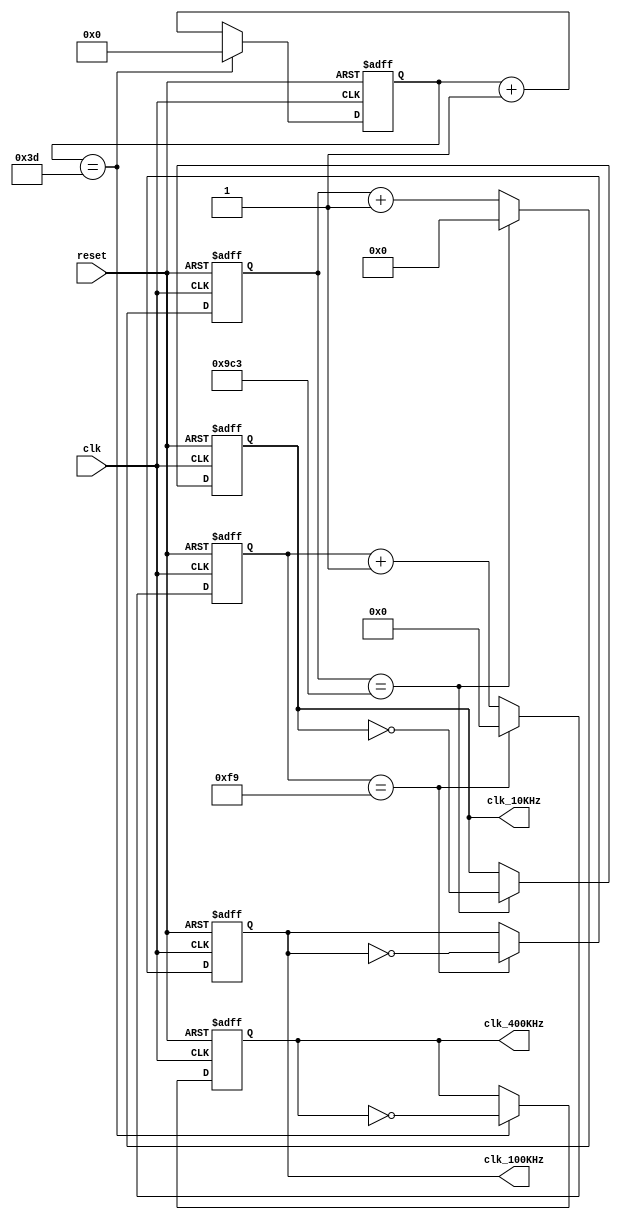
module freq_divider
   (input clk,
    input reset,
    output reg clk_10KHz,
    output reg clk_100KHz,
	output reg clk_400KHz
	);

	parameter 
	    CLK_FREQUENCY = 50000000,
	    CLK_10K_COUNT = CLK_FREQUENCY/(2*10000),
		CLK_100K_COUNT = CLK_FREQUENCY/(2*100000),
		CLK_400K_COUNT = CLK_FREQUENCY/(2*400000)
		;
	reg [12:0] counter_10khz;
	reg [8:0]  counter_100khz;
	reg [6:0]  counter_400khz;
	always @(posedge clk or negedge reset)
	begin
	    if(~reset)
		begin
		    counter_10khz <= 13'b0;
			counter_100khz <= 9'b0;
			counter_400khz <= 7'b0;
			clk_10KHz <= 0;
			clk_100KHz <= 0;
			clk_400KHz <= 0;
		end
	    else
		begin
		    if(counter_10khz == CLK_10K_COUNT - 1)
			begin
			    counter_10khz <= 0;
				clk_10KHz <= ~clk_10KHz;
			end
			else
			    counter_10khz <= counter_10khz + 13'b1;
				
			if(counter_100khz == CLK_100K_COUNT - 1)
			begin
			    counter_100khz <= 0;
				clk_100KHz <= ~clk_100KHz;
			end
			else
			    counter_100khz <= counter_100khz + 9'b1;
				
			if(counter_400khz == CLK_400K_COUNT - 1)
			begin
			    counter_400khz <= 0;
				clk_400KHz <= ~clk_400KHz;
			end
			else
			    counter_400khz <= counter_400khz + 7'b1;
			
		end
	end
endmodule